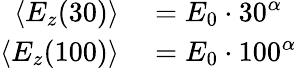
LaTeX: \begin{array}{rl}{\langle E_{z}(30)\rangle}&{{}=E_{0}\cdot 30^{\alpha}}\\ {\langle E_{z}(100)\rangle}&{{}=E_{0}\cdot 100^{\alpha}}\end{array}